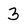
Character: 3